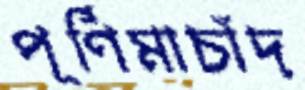
পূর্ণিমাচাঁদ